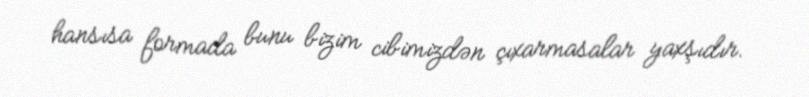
hansısa formada bunu bizim cibimizdən çıxarmasalar yaxşıdır.